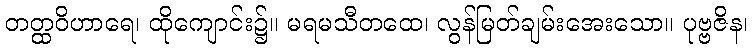
တတ္ထဝိဟာရေ၊ ထိုကျောင်း၌။ မရမသီတထေ၊ လွန်မြတ်ချမ်းအေးသော။ ပုဗ္ဗဇိန၊